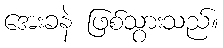
အေးခနဲ ဖြစ်သွားသည်။